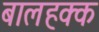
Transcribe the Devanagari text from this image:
बालहक्क